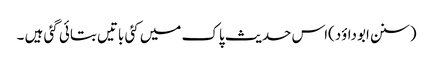
(سنن ابوداؤد)اس حدیث پاک میں کئی باتیں بتائی گئی ہیں ۔